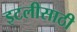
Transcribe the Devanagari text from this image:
इटलीसाठी